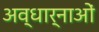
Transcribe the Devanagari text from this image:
अव्धार्नाओं